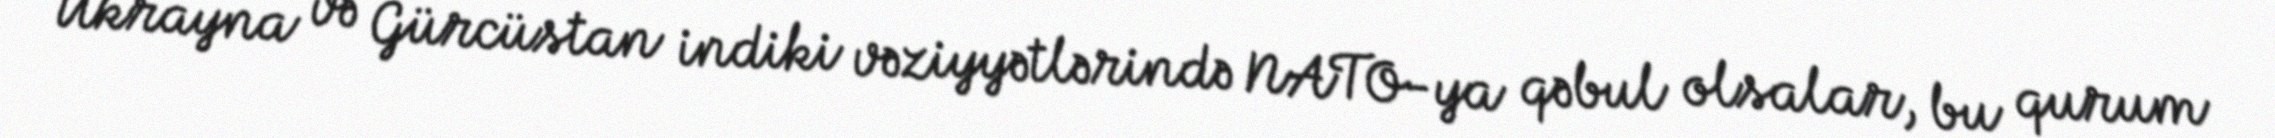
Ukrayna və Gürcüstan indiki vəziyyətlərində NATO-ya qəbul olsalar, bu qurum